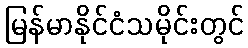
မြန်မာနိုင်ငံသမိုင်းတွင်